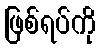
ဖြစ်ရပ်ကို